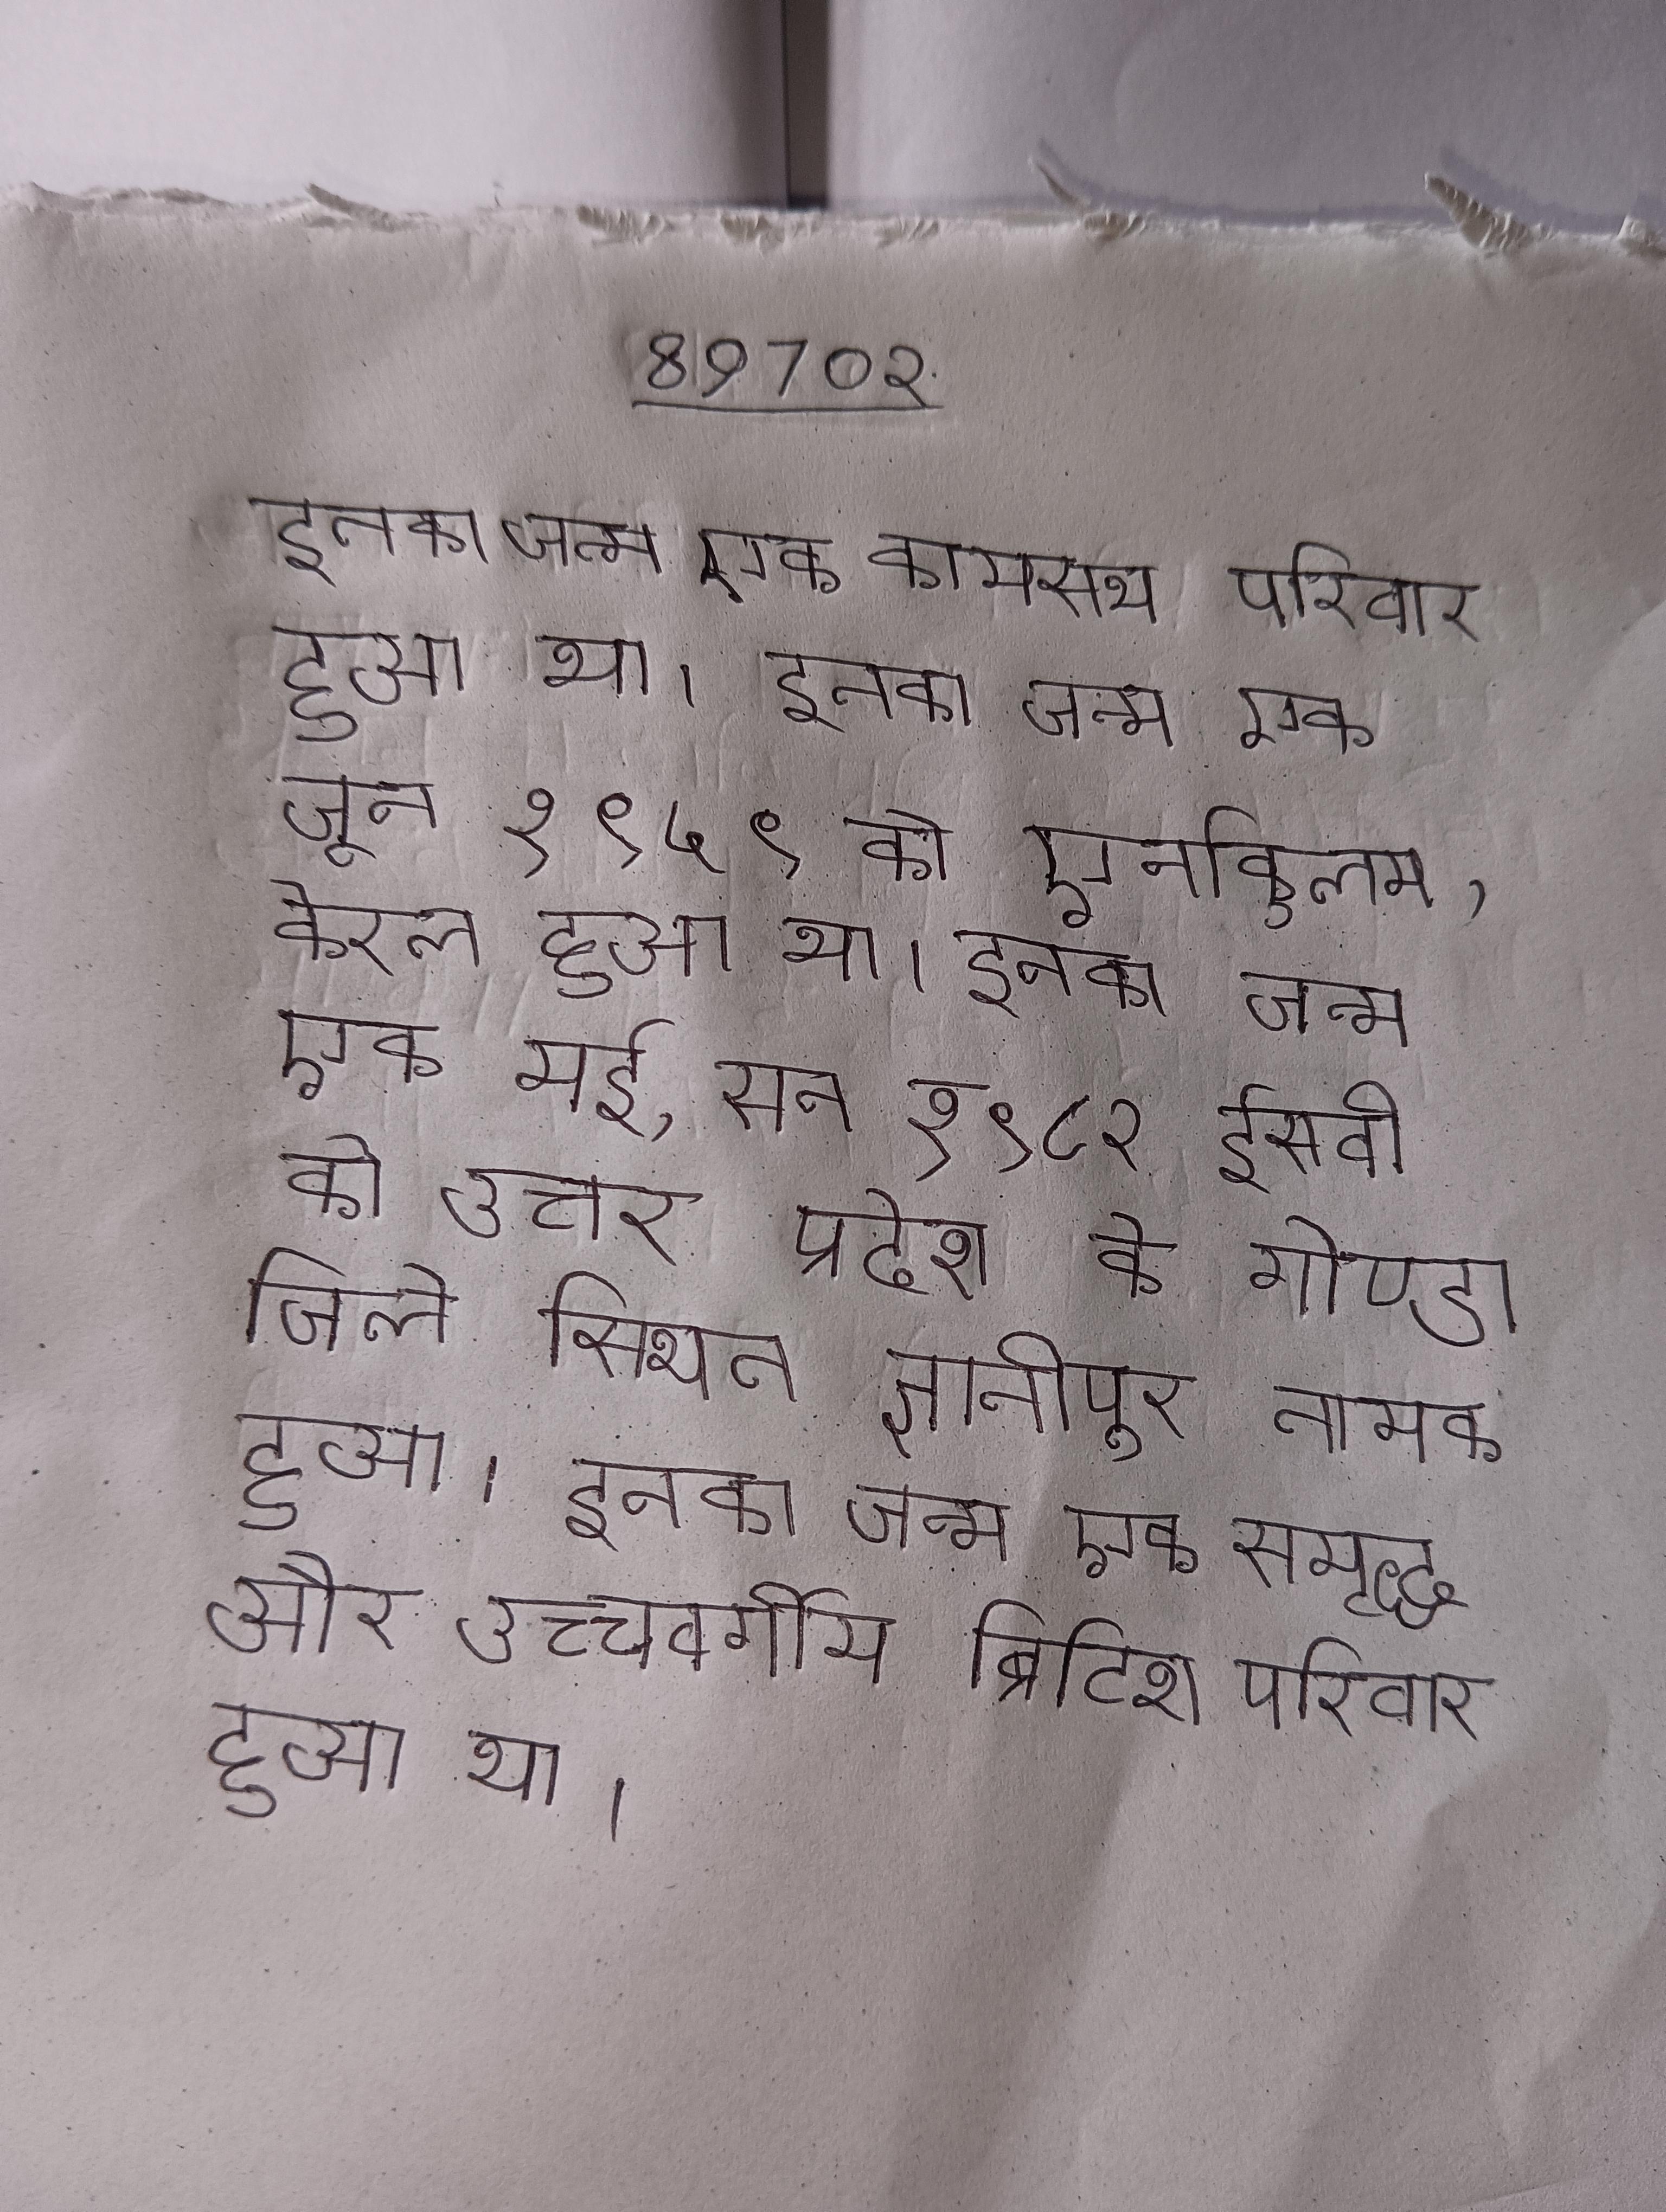
इनका जन्म एक कायस्थ परिवार हुआ था । इनका जन्म एक जून १९५९ को एर्नाकुलम, केरल हुआ था । इनका जन्म एक मई, सन १९८२ ईस्वी को उत्तर प्रदेश के गोण्डा जिले स्थित ज्ञानीपुर नामक हुआ । इनका जन्म एक समृद्ध और उच्चवर्गीय ब्रिटिश परिवार हुआ था ।